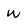
Character: W